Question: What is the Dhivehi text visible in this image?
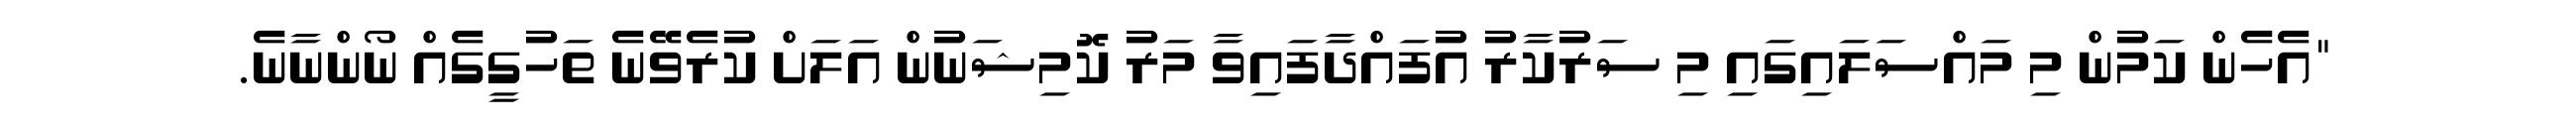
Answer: "އެހެން ކަމުން މި މައްސަލައިގައި މި ސަރުކާރު އުފައްދާފައިވާ މަރު ކޮމިޝަނުން އަލަށް ކުރެވޭނެ ތަހުގީގެއް ނޯންނާނެ.